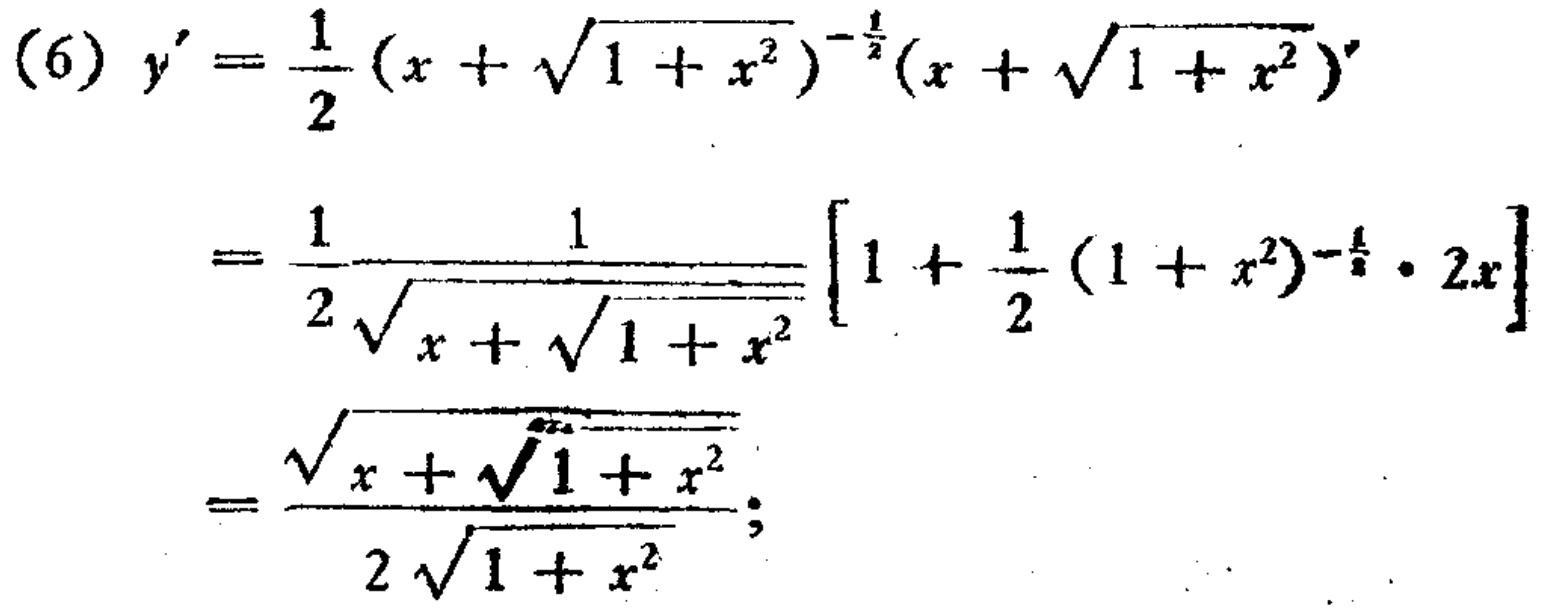
\[
\begin{align*}
(6)y'&=\frac{1}{2}(x + \sqrt{1 + x^{2}})^{-\frac{1}{2}}(x + \sqrt{1 + x^{2}})'\\
&=\frac{1}{2}\frac{1}{\sqrt{x + \sqrt{1 + x^{2}}}}\left[1+\frac{1}{2}(1 + x^{2})^{-\frac{1}{2}}\cdot2x\right]\\
&=\frac{\sqrt{x + \sqrt{1 + x^{2}}}}{2\sqrt{1 + x^{2}}};
\end{align*}
\]